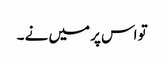
تو اس پر میں نے ۔